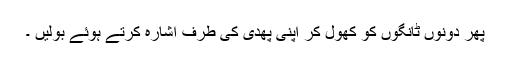
پھر دونوں ٹانگوں کو کھول کر اپنی پھدی کی طرف اشارہ کرتے ہوئے بولیں ۔